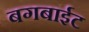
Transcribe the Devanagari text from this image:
बगबाईट